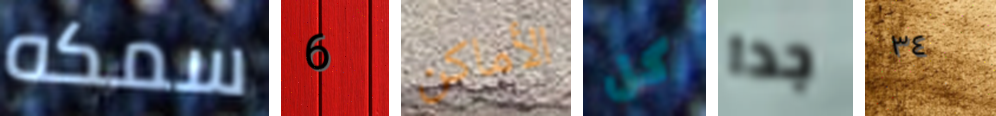
سمكه 6 الأماكن كل جدا ٣٤